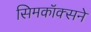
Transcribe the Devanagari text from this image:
सिमकॉक्सने